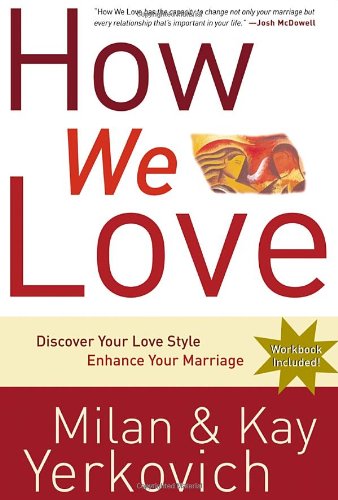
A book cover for How We Love: Discover Your Love Style, Enhance Your Marriage; Milan Yerkovich; Parenting & Relationships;